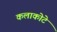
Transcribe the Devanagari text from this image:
कलाकोटे